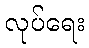
လုပ်ရေး